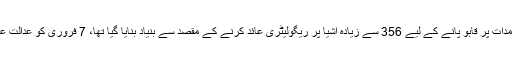
گزشتہ ماہ سندھ ہائی کورٹ نے کسٹمز ایکٹ کی اس ترمیم کو کالعدم قرار دے دیاتھا جسے بڑھتی درآمدات پر قابو پانے کے لیے 356 سے زیادہ اشیا پر ریگولیٹری عائد کرنے کے مقصد سے بنیاد بنایا گیا تھا، 7 فروری کو عدالت عالیہ نے 2017کا ایس آراو 1035ختم کردیاتھا تاہم اپنے فیصلے کو 30 دن کے لیے معطل کردیا تھا۔